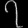
Digit: ၇